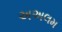
અઅલમ